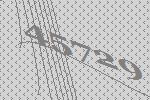
45729